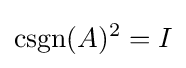
\operatorname {csgn} (A)^{2}=I